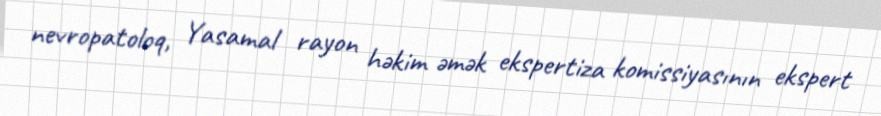
nevropatoloq, Yasamal rayon həkim əmək ekspertiza komissiyasının ekspert